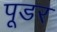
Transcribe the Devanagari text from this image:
पूडर